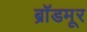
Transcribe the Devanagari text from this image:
ब्रॉडमूर